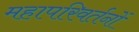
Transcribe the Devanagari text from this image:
महापरिवर्तनों